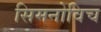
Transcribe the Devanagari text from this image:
सिमनोविच